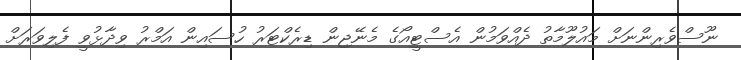
ނޫސްވެރިންނަށް މައުލޫމާތު ދެއްވަމުން އެސްޓީއޯގެ މެނޭޖިން ޑިރެކްޓަރު ހުސައިން އަމްރު ވިދާޅުވީ ފެލިވަރަށް